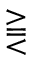
\gtreqqless